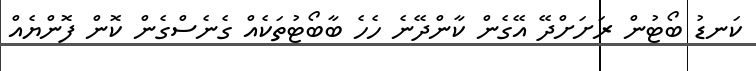
ކަނޑު ބޯޓުން ރަށަށްދޭ އޭގެން ކާންދޭނެ ހެހެ ބާބޯޓުތަކެއް ގެނެސްގެން ކޮން ފޮންޔެއް